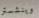
وينشستر